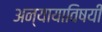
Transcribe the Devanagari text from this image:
अन्यायाविषयी